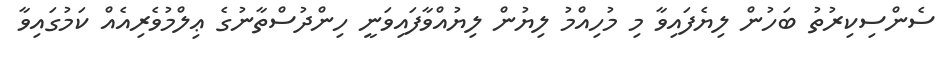
ސެންސިކިރުތު ބަހުން ލިޔެފައިވާ މި މުހިއްމު ލިޔުން ލިޔުއްވާފައިވަނީ ހިންދުސްތާނުގެ ޢިލްމުވެރިއެއް ކަމުގައިވާ